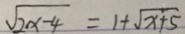
\sqrt { 2 x - 4 } = 1 + \sqrt { x + 5 }